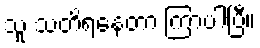
သူ သတိရနေတာ ကြာပါပြီ။